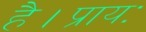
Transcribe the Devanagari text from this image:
है।प्रायः